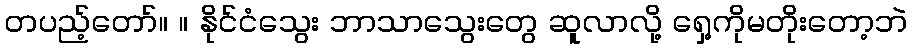
တပည့်တော်။ ။ နိုင်ငံသွေး ဘာသာသွေးတွေ ဆူလာလို့ ရှေ့ကိုမတိုးတော့ဘဲ